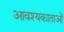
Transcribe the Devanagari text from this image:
आवश्यकाताओं